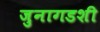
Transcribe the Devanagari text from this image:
जुनागडशी